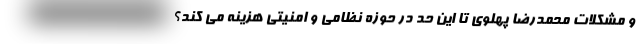
و مشکلات محمدرضا پهلوی تا این حد در حوزه نظامی و امنیتی هزینه می کند؟